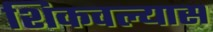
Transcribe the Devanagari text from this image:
शिकवल्यास